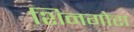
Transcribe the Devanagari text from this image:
शिनगोरा